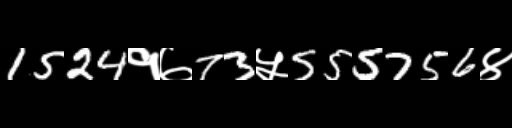
Text: 1524१७73५555756४